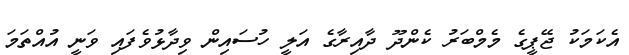
އެކަމަކު ޖޭޕީގެ މެމްބަރު ކެންދޫ ދާއިރާގެ އަލީ ހުސައިން ވިދާޅުވެފައި ވަނީ އުއްތަމަ